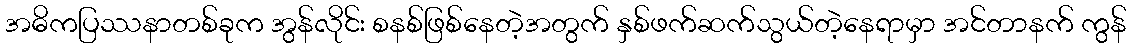
အဓိကပြဿနာတစ်ခုက အွန်လိုင်း စနစ်ဖြစ်နေတဲ့အတွက် နှစ်ဖက်ဆက်သွယ်တဲ့နေရာမှာ အင်တာနက် ကွန်